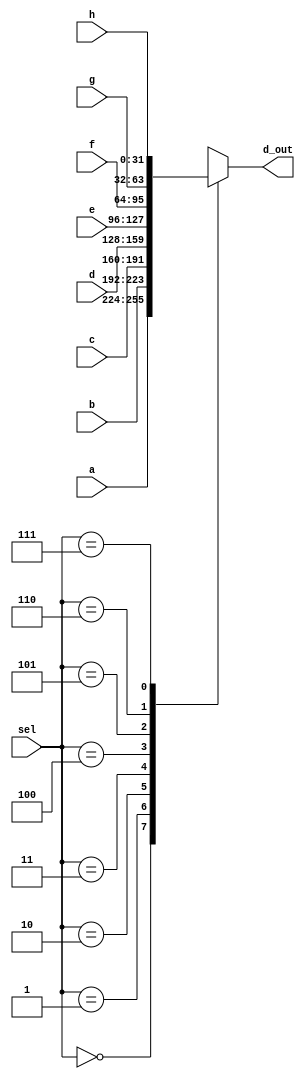
module _8_to_1_MUX(a,b,c,d,e,f,g,h,sel, d_out); //8 to 1 MUX module
input [31:0]a,b,c,d,e,f,g,h;
input [2:0]sel;
output reg [31:0]d_out;

always@(sel, a,b,c,d,e,f,g,h) begin
	case(sel)
		3'b000	: d_out <= a;// if 000 d_out = a
		3'b001	: d_out <= b;// if 001 d_out = b
		3'b010	: d_out <= c;// if 010 d_out = c
		3'b011	: d_out <= d;// if 011 d_out = d
		3'b100	: d_out <= e;// if 100 d_out = e
		3'b101	: d_out <= f;// if 101 d_out = f
		3'b110	: d_out <= g;// if 110 d_out = g
		3'b111	: d_out <= h;// if 111 d_out = h
			default	: d_out <= 32'bx;
		endcase
	end
endmodule //end of module